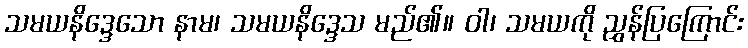
သမယနိဒ္ဒေသော နာမ၊ သမယနိဒ္ဒေသ မည်၏။ ဝါ၊ သမယကို ညွှန်ပြကြောင်း